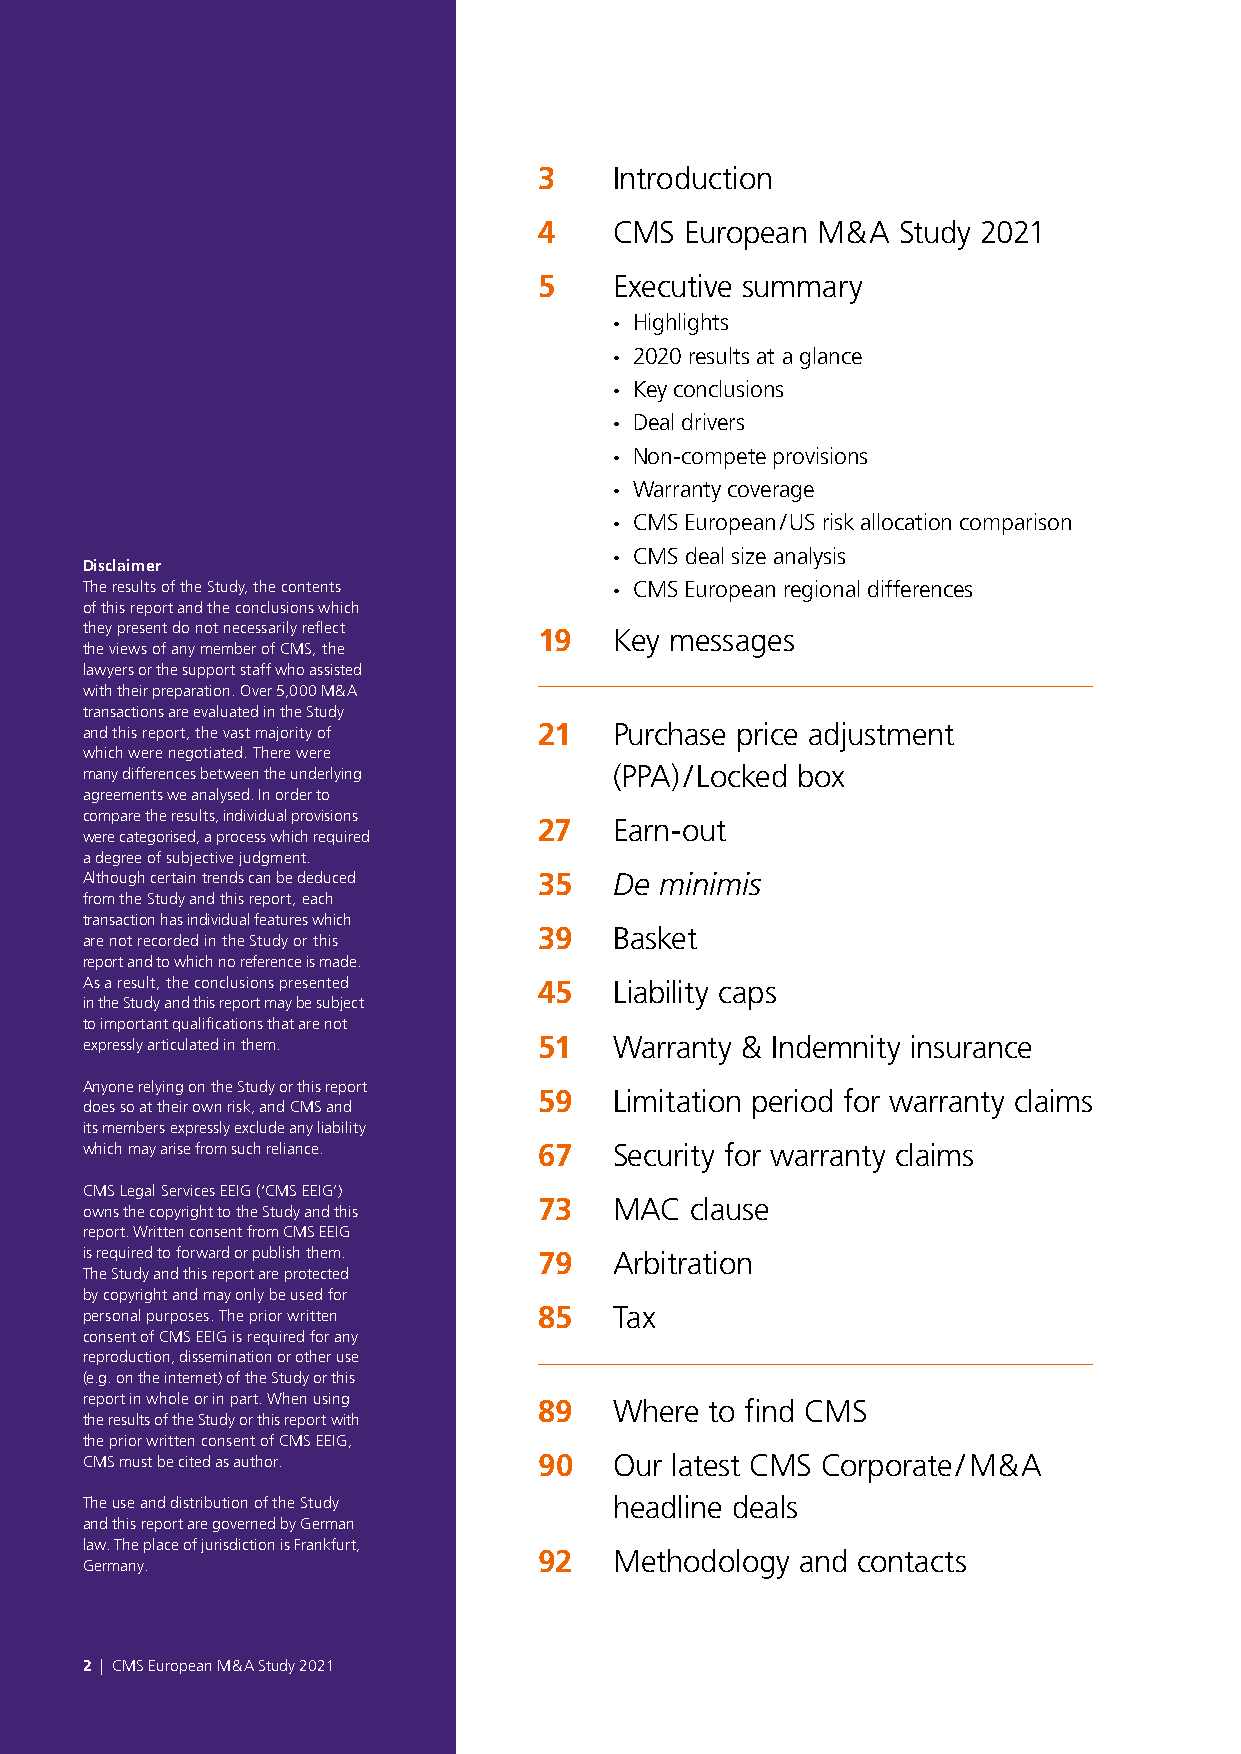
3    Introduction
 4    CMS European M & A Study 2021
 5    Executive summary
 · Highlights
 · 2020 results at a glance
 · Key conclusions
 · Deal drivers
 · Non-compete provisions
 · Warranty coverage
 · CMS European / US risk allocation comparison
 · CMS deal size analysis
 Disclaimer
 The results of the Study, the contents · CMS European regional differences
 of this report and the conclusions which
 they present do not necessarily reflect 19 Key messages
 the views of any member of CMS, the
 lawyers or the support staff who assisted
 with their preparation. Over 5,000 M & A
 transactions are evaluated in the Study
 and this report, the vast majority of 21 Purchase price adjustment
 which were negotiated. There were
 many differences between the underlying (PPA) / Locked box
 agreements we analysed. In order to
 compare the results, individual provisions
 27   Earn-out
 were categorised, a process which required
 a degree of subjective judgment.
 Although certain trends can be deduced 35 De minimis
 from the Study and this report, each
 transaction has individual features which
 39   Basket
 are not recorded in the Study or this
 report and to which no reference is made.
 As a result, the conclusions presented 45 Liability caps
 in the Study and this report may be subject
 to important qualifications that are not
 expressly articulated in them. 51   Warranty & Indemnity insurance
 Anyone relying on the Study or this report
 59   Limitation period for warranty claims
 does so at their own risk, and CMS and
 its members expressly exclude any liability
 which may arise from such reliance. 67 Security for warranty claims
 CMS Legal Services EEIG (‘CMS EEIG’)
 73   MAC  clause
 owns the copyright to the Study and this
 report. Written consent from CMS EEIG
 is required to forward or publish them. 79 Arbitration
 The Study and this report are protected
 by copyright and may only be used for
 personal purposes. The prior written 85 Tax
 consent of CMS EEIG is required for any
 reproduction, dissemination or other use
 (e.g. on the internet) of the Study or this
 report in whole or in part. When using
 89   Where to find CMS
 the results of the Study or this report with
 the prior written consent of CMS EEIG,
 CMS must be cited as author.   90   O ur latest CMS Corporate / M & A
 The use and distribution of the Study headline deals
 and this report are governed by German
 law. The place of jurisdiction is Frankfurt,
 92   Methodology and contacts
 Germany.
 2 | CMS European M & A Study 2021